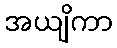
အယျိကာ